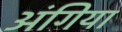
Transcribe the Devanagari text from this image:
अंगिया